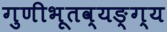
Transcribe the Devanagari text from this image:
गुणीभूतव्यङ्ग्य